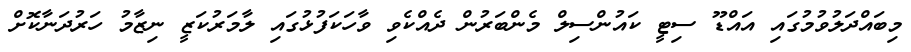
މިބައްދަލުވުމުގައި އައްޑޫ ސިޓީ ކައުންސިލް މެންބަރުން ދެއްކެވި ވާހަކަފުޅުގައި ލާމަރުކަޒީ ނިޒާމު ހަރުދަނާކޮށް